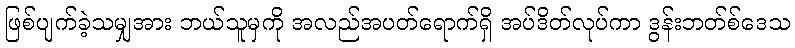
ဖြစ်ပျက်ခဲ့သမျှအား ဘယ်သူမှကို အလည်အပတ်ရောက်ရှိ အပ်ဒိတ်လုပ်ကာ ဒွန်းဘတ်စ်ဒေသ